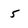
Character: 5